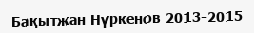
Бақытжан Нүркенов 2013-2015